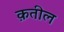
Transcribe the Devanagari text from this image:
क़तील